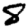
Digit: 8